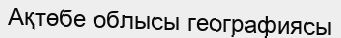
Ақтөбе облысы географиясы